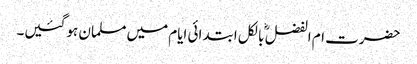
حضرت ام الفضل ؓ بالکل ابتدائی ایام میں مسلمان ہو گئیں۔